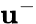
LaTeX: \mathbf{u}^{-}